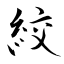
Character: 絞